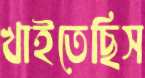
খাইতেছিস